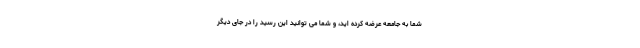
شما به جامعه عرضه کرده اید، و شما می توانید این رسید را در جای دیگر